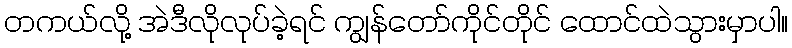
တကယ်လို့ အဲဒီလိုလုပ်ခဲ့ရင် ကျွန်တော်ကိုင်တိုင် ထောင်ထဲသွားမှာပါ။